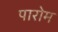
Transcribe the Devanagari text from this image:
पारोम